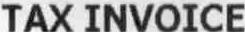
TAX INVOICE